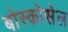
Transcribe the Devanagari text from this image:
बोस्कोसेल